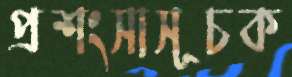
প্রশংসাসূচক